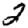
Digit: 2